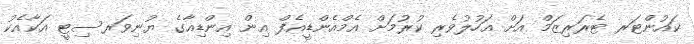
ކައުންޓަރ ޓެރަރިޒަމް އަށް އަހުލުވެރި ކުރުމަށް އެމްއެންޑީއެފް އިން އިންޑިއާގެ ޔުނިވަރސިޓީ އަކާއެކު